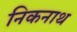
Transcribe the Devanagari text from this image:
निकनाथ